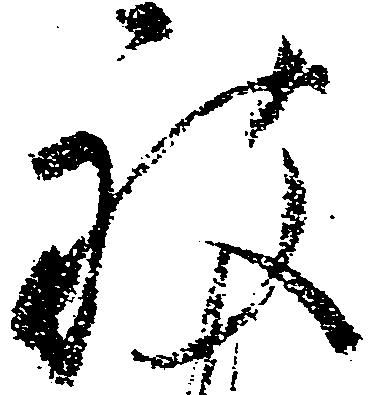
被